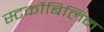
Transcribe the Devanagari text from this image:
स्‍टर्कोबिलिन